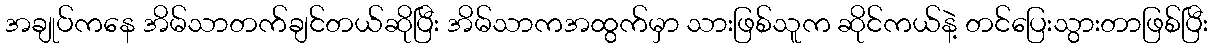
အချုပ်ကနေ အိမ်သာတက်ချင်တယ်ဆိုပြီး အိမ်သာကအထွက်မှာ သားဖြစ်သူက ဆိုင်ကယ်နဲ့ တင်ပြေးသွားတာဖြစ်ပြီး